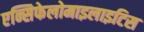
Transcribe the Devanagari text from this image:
एन्सिफेलोमाइलाइटिस